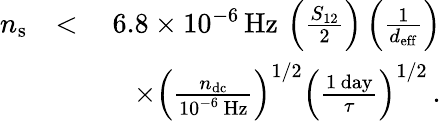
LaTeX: \begin{array}{rlr}{n_{\mathrm{s}}}&{<}&{6.8\times 10^{-6}\, \mathrm{Hz}\, \left(\frac{S_{12}}{2}\right)\left(\frac{1}{d_{\mathrm{eff}}}\right)}\\ &{}&{\quad\times\left(\frac{n_{\mathrm{dc}}}{10^{-6}\, \mathrm{Hz}}\right)^{1/2}\left(\frac{1\, \mathrm{day}}{\tau}\right)^{1/2}\, .}\end{array}